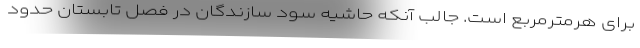
برای هرمترمربع است. جالب آنکه حاشیه سود سازندگان در فصل تابستان حدود